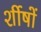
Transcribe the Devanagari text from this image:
र्शीषों